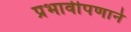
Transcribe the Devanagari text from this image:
प्रभावीपणाने